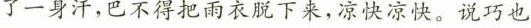
了一身汗，巴不得把雨衣脱下来，凉快凉快。说巧也